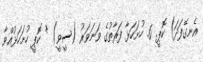
އެނގޭފަދަ) ކޮޕީ. 6. ހުށަހަޅާ ފަރާތުގެ ވަނަވަރު (ސީވީ) * ކޮޕީ ހުށަހަޅުއްވާ